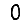
Digit: 0